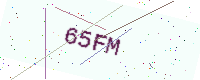
Text: 65FM